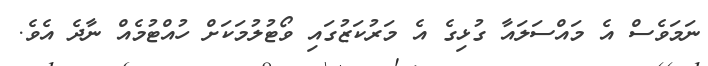
ނަމަވެސް އެ މައްސަލައާ ގުޅިގެ އެ މަރުކަޒުގައި ވޯޓުލުމަކަށް ހުއްޓުމެއް ނާދެ އެވެ.